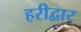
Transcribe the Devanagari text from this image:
हरीद्वार